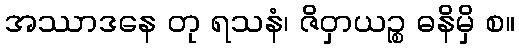
အဿာဒနေ တု ရသနံ၊ ဇိဝှာယဉ္စ ဓနိမှိ စ။